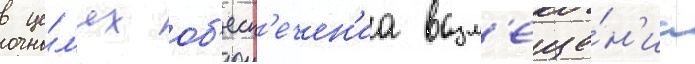
в це́л'ях об'есп'ечен'иа возм'еще́н'иа